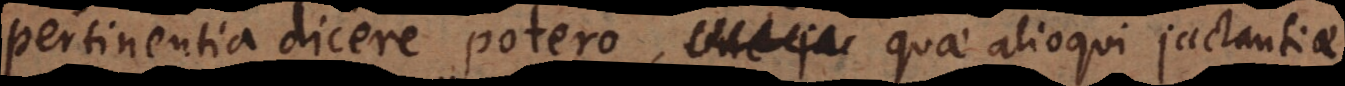
pertinentia dicere potero, quae alioqui jactantiae